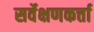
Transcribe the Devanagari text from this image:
सर्वेक्षणकर्त्ता